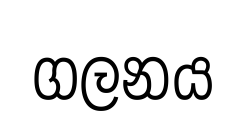
ගලනය